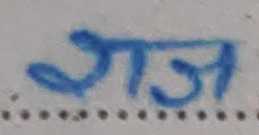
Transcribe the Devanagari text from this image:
गज